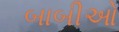
બાબીઓ